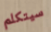
سيتكلم